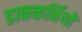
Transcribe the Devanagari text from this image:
डाककर्मियों